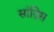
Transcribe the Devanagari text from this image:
सांदिस